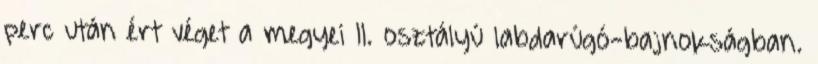
perc után ért véget a megyei II. osztályú labdarúgó-bajnokságban.